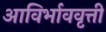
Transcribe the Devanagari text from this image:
आविर्भाववृत्ती